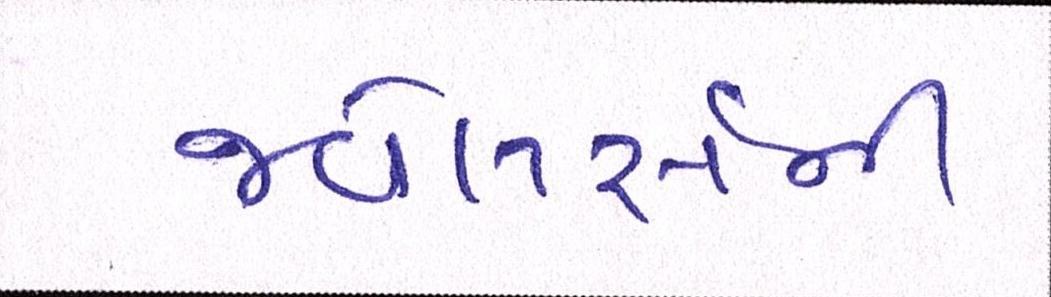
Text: જ્વેલર્સની